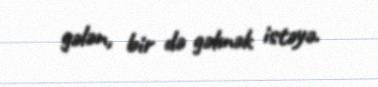
gələn, bir də gəlmək istəyə.